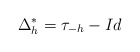
\begin{align*}\Delta_h^* = {\tau_{-h} - Id}\end{align*}